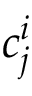
c _ { j } ^ { i }